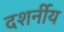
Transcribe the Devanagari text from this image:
दशर्नीय